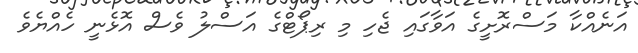
އަނެއްކާ މަސްރޮށީގެ އަވާގައި ޖެހި މި ރިޕޯޓްގެ އަސްލު ވެސް އޮޅެނީ ހެއްޔެވެ